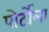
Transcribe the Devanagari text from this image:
पोर्टोला